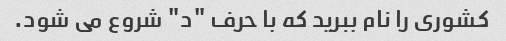
کشوری را نام ببرید که با حرف "د" شروع می شود.